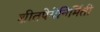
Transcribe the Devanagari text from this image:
शीतपेयेनिर्मिती